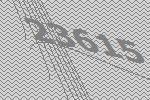
23615